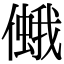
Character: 𠏃